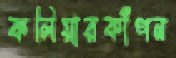
কলিয়ারকাঁপন